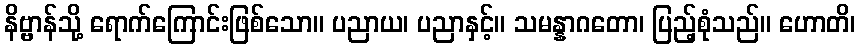
နိဗ္ဗာန်သို့ ရောက်ကြောင်းဖြစ်သော။ ပညာယ၊ ပညာနှင့်။ သမန္နာဂတော၊ ပြည့်စုံသည်။ ဟောတိ၊